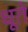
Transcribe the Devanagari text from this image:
धूते